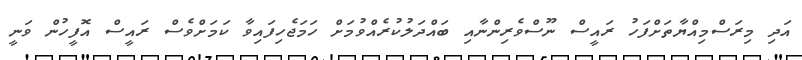
އަދި މިރަސްމިއްޔާތަށްފަހު ރައީސް ނޫސްވެރިންނާއި ބައްދަލުކުރެއްވުމަށް ހަމަޖެހިފައިވާ ކަމަށްވެސް ރައީސް އޮފީހުން ވަނީ